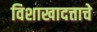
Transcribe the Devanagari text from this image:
विशाखादत्ताचे